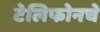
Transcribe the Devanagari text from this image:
टेलिफोनचे